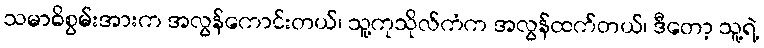
သမာဓိစွမ်းအားက အလွန်ကောင်းတယ်၊ သူ့ကုသိုလ်ကံက အလွန်ထက်တယ်၊ ဒီတော့ သူ့ရဲ့